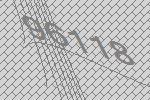
96118